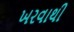
ખરવાથી